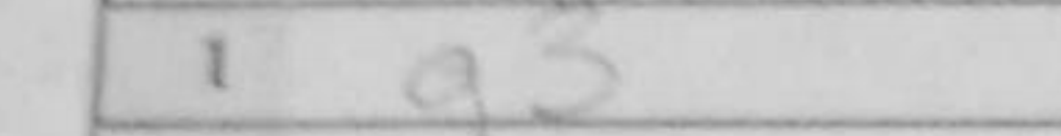
Transcription: g3